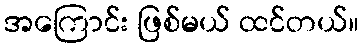
အကြောင်း ဖြစ်မယ် ထင်တယ်။